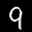
Label: 9